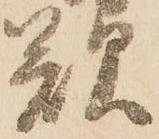
嘆